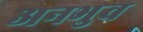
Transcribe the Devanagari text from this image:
अनभुव